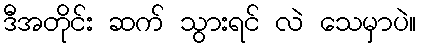
ဒီအတိုင်း ဆက် သွားရင် လဲ သေမှာပဲ။